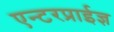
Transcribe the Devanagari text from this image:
एन्टरप्राईज्ञ